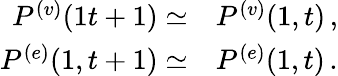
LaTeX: \begin{array}{r}{\begin{array}{rl}{P^{(v)}({1}{t+1})\simeq}&{{}P^{(v)}({1},{t})\, ,}\\ {P^{(e)}({1},{t+1})\simeq}&{{}P^{(e)}({1},{t})\, .}\end{array}}\end{array}